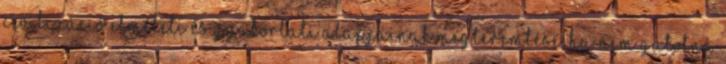
civilizáció elméleti és gyakorlati alapjainak megteremtése, ha nem gátolná